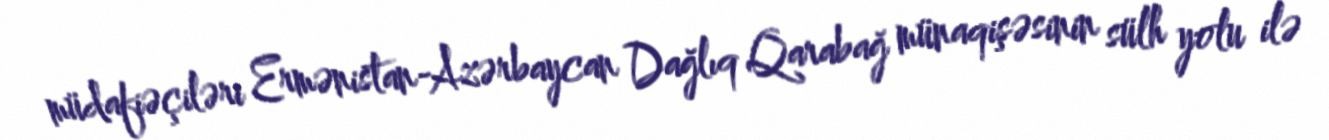
müdafiəçiləri Ermənistan-Azərbaycan Dağlıq Qarabağ münaqişəsinin sülh yolu ilə